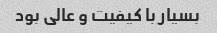
بسیار با کیفیت و عالی بود